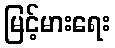
မြင့်မားရေး